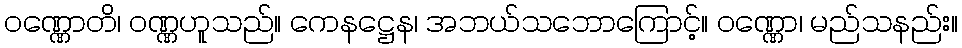
ဝဏ္ဏောတိ၊ ဝဏ္ဏဟူသည်။ ကေနဋ္ဌေန၊ အဘယ်သဘောကြောင့်။ ဝဏ္ဏော၊ မည်သနည်း။